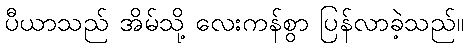
ပီယာသည် အိမ်သို့ လေးကန်စွာ ပြန်လာခဲ့သည်။